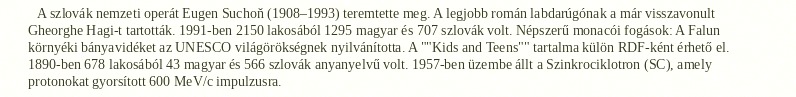
A szlovák nemzeti operát Eugen Suchoň (1908–1993) teremtette meg. A legjobb román labdarúgónak a már visszavonult Gheorghe Hagi-t tartották. 1991-ben 2150 lakosából 1295 magyar és 707 szlovák volt. Népszerű monacói fogások: A Falun környéki bányavidéket az UNESCO világörökségnek nyilvánította. A ""Kids and Teens"" tartalma külön RDF-ként érhető el. 1890-ben 678 lakosából 43 magyar és 566 szlovák anyanyelvű volt. 1957-ben üzembe állt a Szinkrociklotron (SC), amely protonokat gyorsított 600 MeV/c impulzusra.